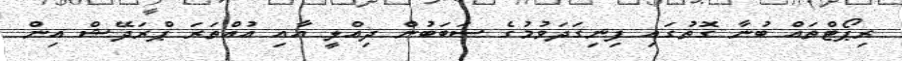
ރިޕޯޓްތައް ބުނާ ގޮތުގައި ފިނިގަދަވުމުގެ ސަބަބުން ދިއްލީ އާއި އުއްތަރަ ޕްރަދޭޝް އިން